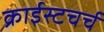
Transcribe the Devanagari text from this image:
क्राईस्टचर्च